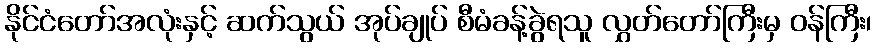
နိုင်ငံတော်အလုံးနှင့် ဆက်သွယ် အုပ်ချုပ် စီမံခန့်ခွဲရသူ လွှတ်တော်ကြီးမှ ဝန်ကြီး၊